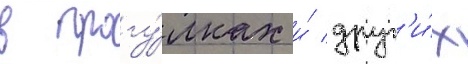
в прогу́лках и́ друг'и́х